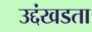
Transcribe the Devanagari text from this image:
उद्दंखडता